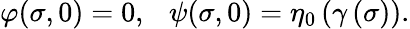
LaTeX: \varphi(\sigma,0)=0,\ \ \ \psi(\sigma,0)=\eta_{0}\left(\gamma\left(\sigma\right)\right).